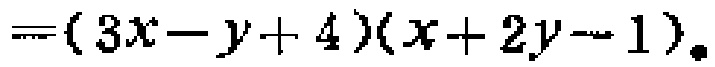
$=(3x - y + 4)(x + 2y - 1).$